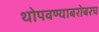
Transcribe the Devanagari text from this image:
थोपवण्याबरोबरच